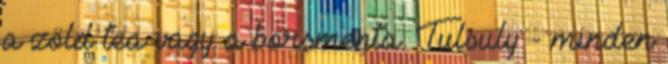
a zöld tea vagy a borsmenta. Tulsuly - minden